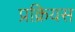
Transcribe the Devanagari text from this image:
प्रक्रियस